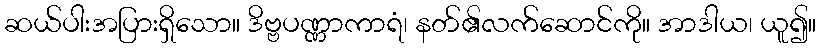
ဆယ်ပါးအပြားရှိသော။ ဒိဗ္ဗပဏ္ဏာကာရံ၊ နတ်၏လက်ဆောင်ကို။ အာဒါယ၊ ယူ၍။